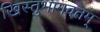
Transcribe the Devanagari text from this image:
खिस्तुभागवतम्